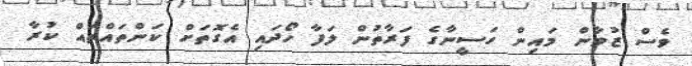
ވެސް ޒުވާން މައިންް ހަސީނާގެ ފަރާތުން ލަފާ ހޯދައި އެގޮތަށް ކަންތައްތައް ކުރާ